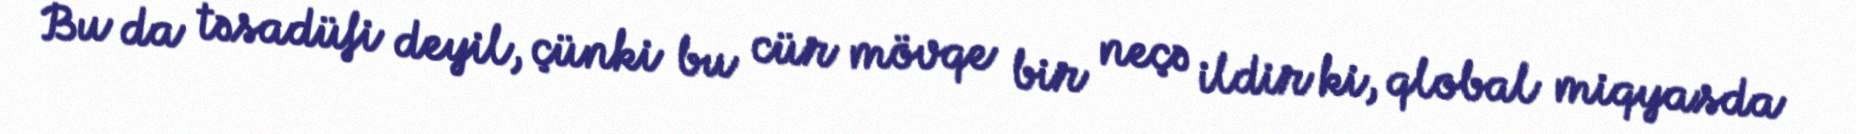
Bu da təsadüfi deyil, çünki bu cür mövqe bir neçə ildir ki, qlobal miqyasda